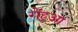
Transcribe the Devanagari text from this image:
गेंहुआ